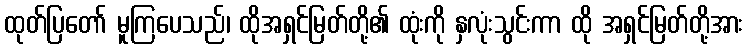
ထုတ်ပြတော် မူကြပေသည်၊ ထိုအရှင်မြတ်တို့၏ ထုံးကို နှလုံးသွင်းကာ ထို အရှင်မြတ်တို့အား